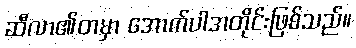
ဆီလာ၏တမှာ အောက်ပါအတိုင်းဖြစ်သည်။